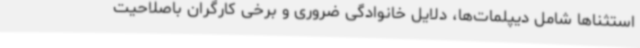
استثناها شامل دیپلمات‌ها، دلایل خانوادگی ضروری و برخی کارگران باصلاحیت